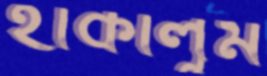
হাঁকালুম